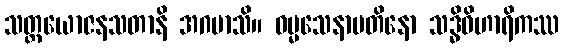
သတ္တယောဇနသတာနိ အဂမာသိ။ ဓမ္မသေနာပတိနော သဒ္ဓိဝိဟာရိကဿ